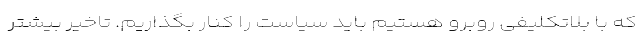
که با بلاتکلیفی روبرو هستیم باید سیاست را کنار بگذاریم. تاخیر بیشتر